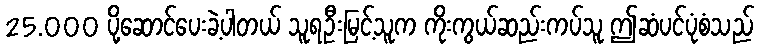
25.000 ပို့ဆောင်ပေးခဲ့ပါတယ် သူရဦးမြင့်သူက ကိုးကွယ်ဆည်းကပ်သူ ဤဆံပင်ပုံစံသည်